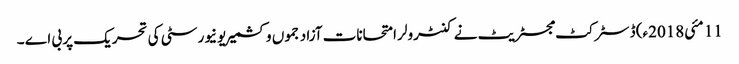
11 مئی2018ء) ڈسٹر کٹ مجسٹریٹ نے کنٹرولر امتحانات آزاد جموں وکشمیر یونیورسٹی کی تحریک پر بی اے ۔